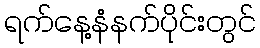
ရက်နေ့နံနက်ပိုင်းတွင်